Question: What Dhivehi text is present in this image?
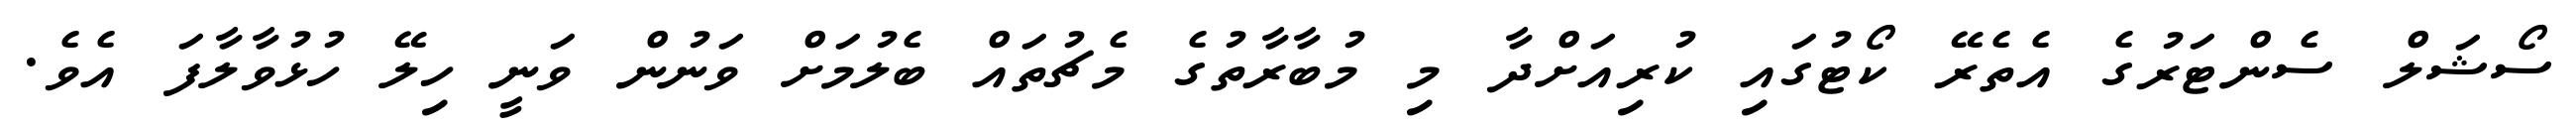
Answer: ސޯޝަލް ސެންޓަރުގެ އެތެރޭ ކޯޓުގައި ކުރިއަށްދާ މި މުބާރާތުގެ މެޗުތައް ބެލުމަށް ވަނުން ވަނީ ހިލޭ ހުޅުވާލާފަ އެވެ.